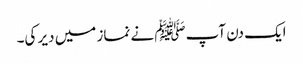
ایک دن آپﷺ نے نماز میں دیر کی۔